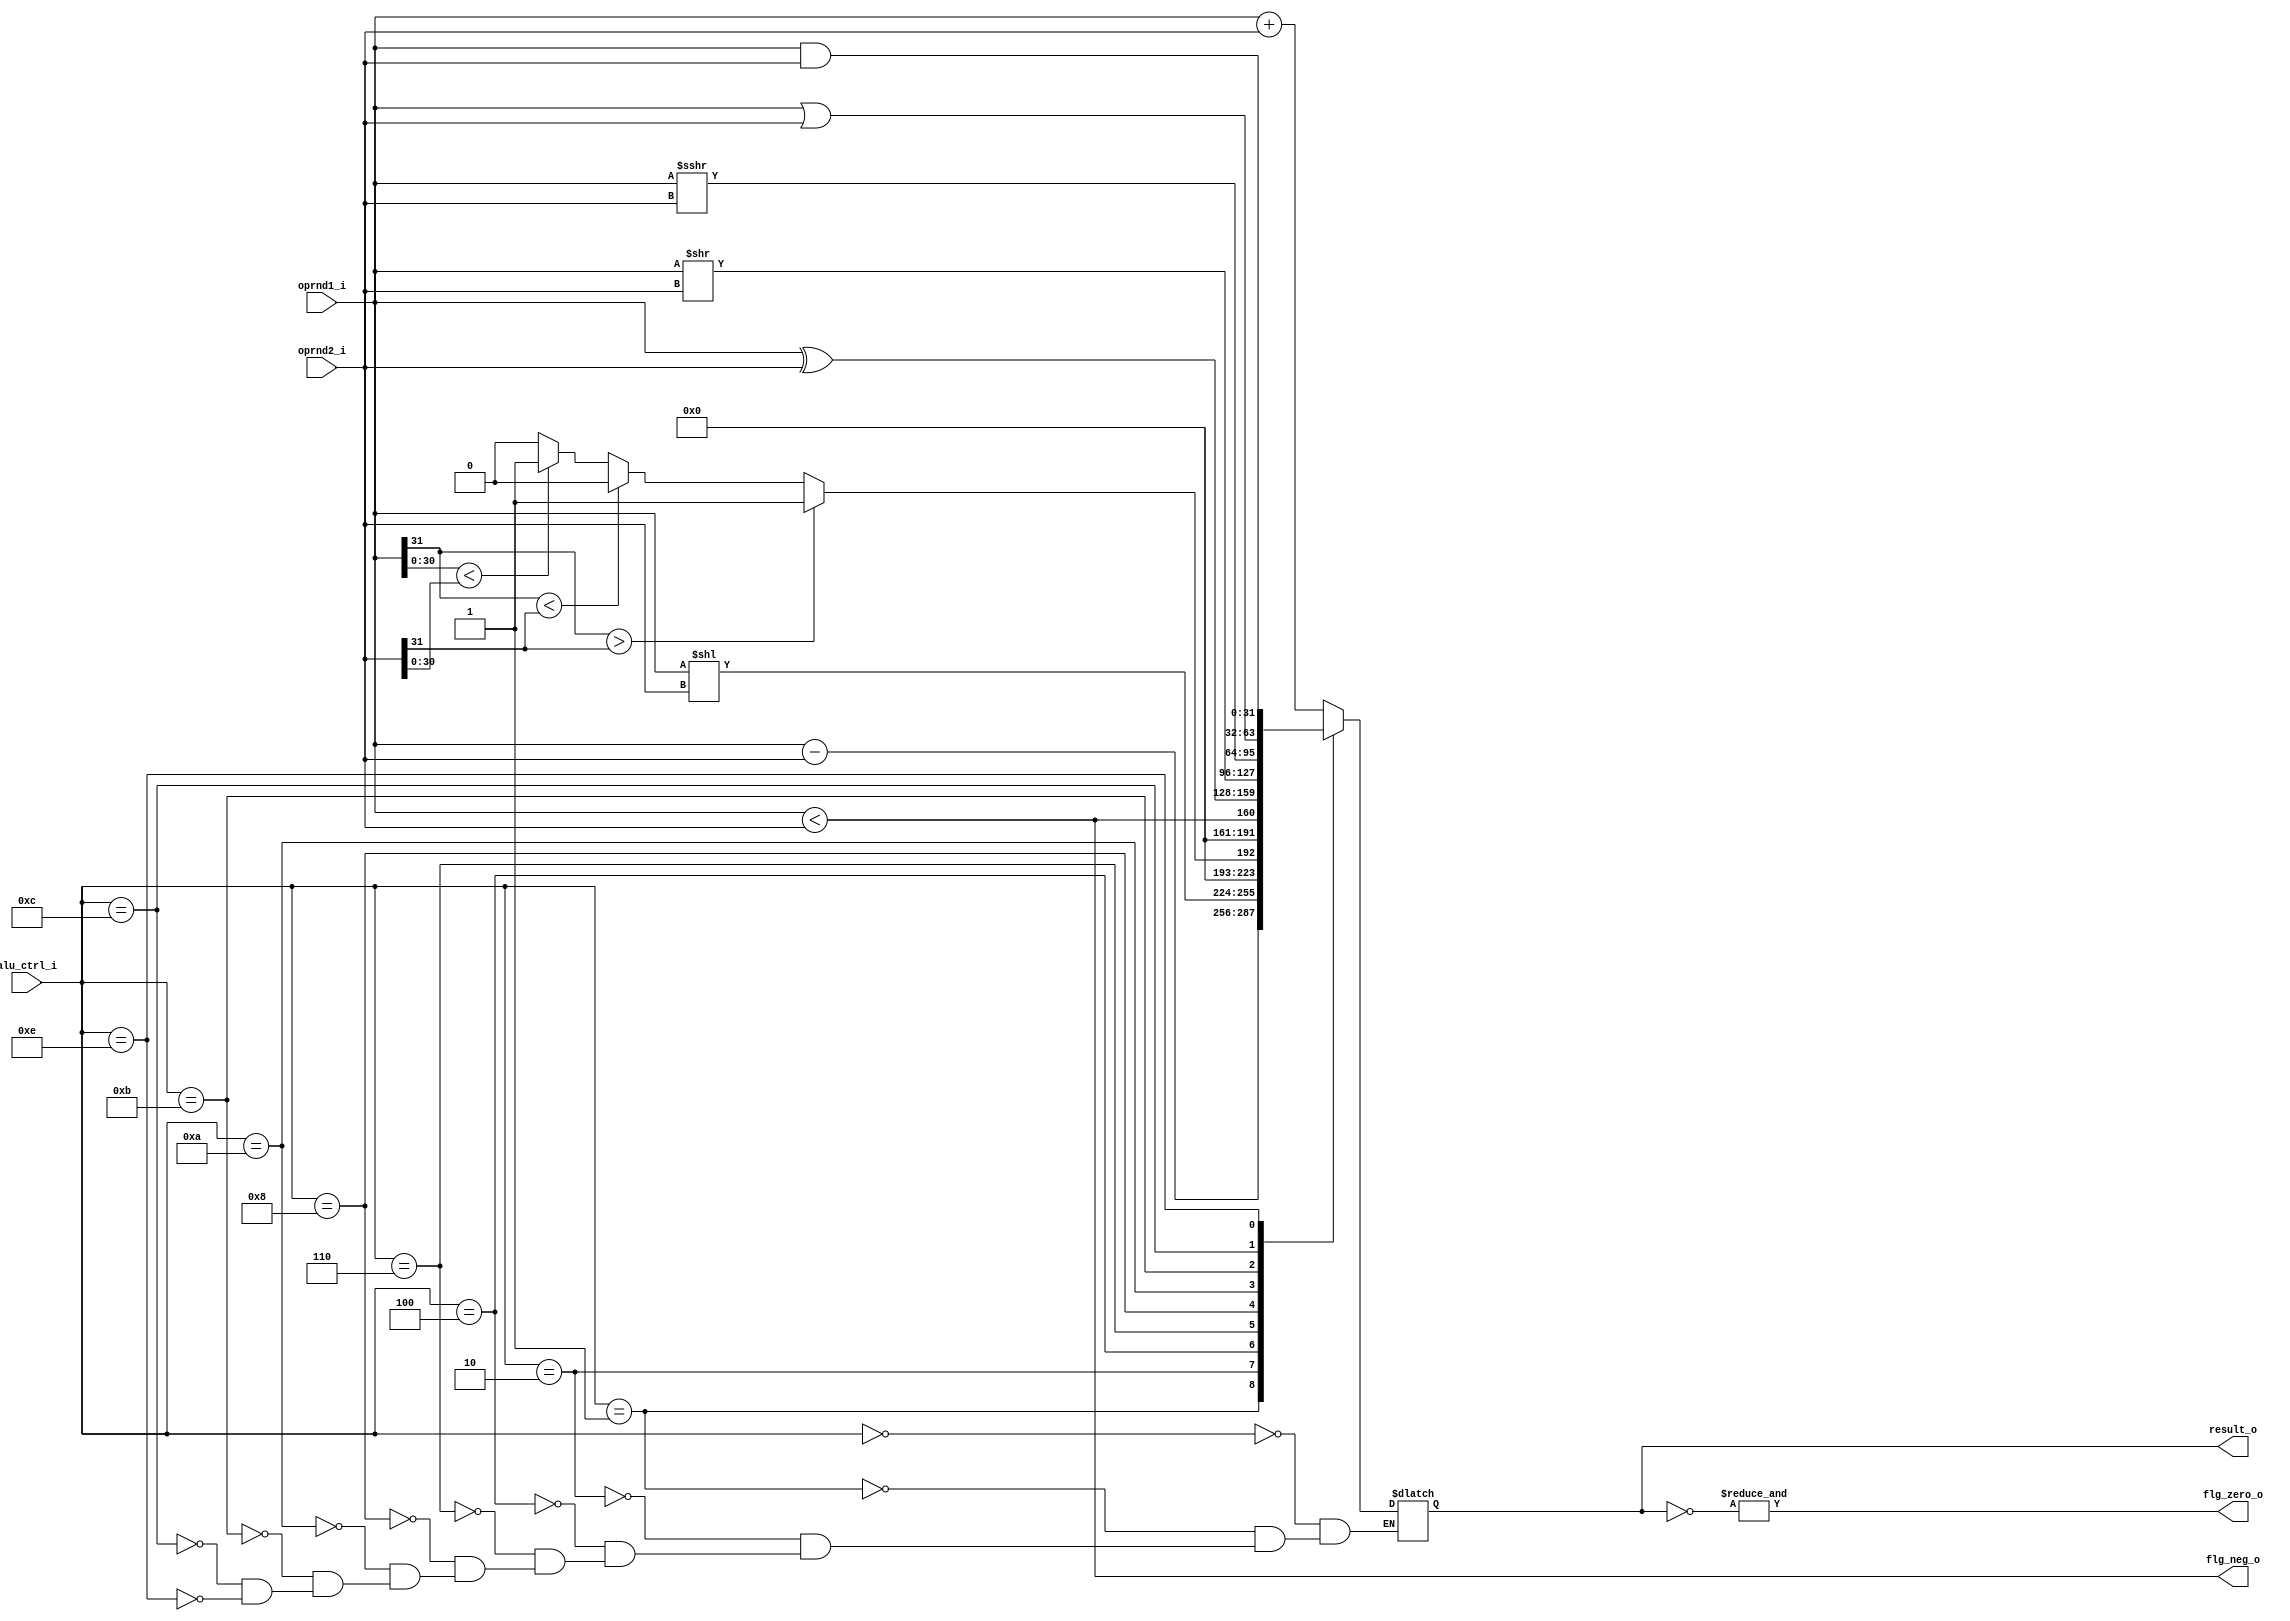
`timescale 1ns / 1ps
//////////////////////////////////////////////////////////////////////////////////
// Company: 
// Engineer: 
// 
// Design Name: 
// Module Name: ALU_RISC
// Project Name: 
// Target Devices: 
// Tool Versions: 
// Description: 
// 
// Dependencies: 
// 
// Revision:
// Revision 0.01 - File Created
// Additional Comments: This ALU is designed for 32 bit operations which includes 
//                      10 main operations : 
//                      1) ADDITION
//                      2) SUBTRACTION
//                      3) BITWISE AND(&)
//                      4) BITWISE OR(|)
//                      5) SET LESS THAN(slt)
//                      6) SET LESS THAN[UNSIGNED]
//                      7) BITWISE XOR 
//                      8) SHIFT LEFT LOGICAL
//                      9) SHIFT RIGHT LOGICAL
//                     10) SHIFT RIGHT ARIHTEMATIC
//////////////////////////////////////////////////////////////////////////////////


module ALU_RISC #( parameter D_WIDTH = 32)   // Declaring parameters e.g. Width of data, Width of ALU control signal.
  
  // Declaration of INPUT and OUTPUT Ports.
   (output [D_WIDTH-1:0]    result_o,       // OUTPUT
   
   // FLAGS Declaration 
    output                  flg_zero_o,
    output                  flg_neg_o,
    
    // INPUTS and CONTROL signals
    input  [D_WIDTH-1:0]    oprnd1_i,
    input  [D_WIDTH-1:0]    oprnd2_i,
    input  [3:0]            alu_ctrl_i   
    );
     
    reg [D_WIDTH-1:0]   result_temp; 
     
    always@(*) begin
        case(alu_ctrl_i) 
                4'b000_0 : result_temp = oprnd1_i + oprnd2_i ;                                  //Result of ADDITION
                4'b000_1 : result_temp = oprnd1_i - oprnd2_i ;                                  //Result of SUBTRACTION
                4'b001_0 : result_temp = oprnd1_i << oprnd2_i ;                                 //Result of LOGICAL LEFT SHIFT operation
                4'b010_0 : result_temp = (oprnd1_i[31] > oprnd2_i[31])? 1'b1 : 
                                         (oprnd1_i[31] < oprnd2_i[31])? 1'b0 :
                                         (oprnd1_i[30:0] < oprnd2_i[30:0])? 1'b1 : 1'b0 ;       //Result of SLT operation
                4'b011_0 : result_temp = (oprnd1_i < oprnd2_i) ;                                //Result of SLT operation(unsigned)
                4'b100_0 : result_temp = oprnd1_i ^ oprnd2_i ;                                  //Store XOR result
                4'b101_0 : result_temp = oprnd1_i >> oprnd2_i ;                                 //Result of LOGICAL RIGHT SHIFT operation
                4'b101_1 : result_temp = oprnd1_i >>> oprnd2_i ;                                //Result of ARITHEMATIC RIGHT SHIFT operation
                4'b110_0 : result_temp = oprnd1_i | oprnd2_i ;                                  //Store OR result
                4'b111_0 : result_temp = oprnd1_i & oprnd2_i ;                                  // Store AND result 
                default         : result_temp = result_temp ;
        endcase
    end 
     
     
     //Calculation of STATUS FLAGS   
     //ZERO Flag              
     assign flg_zero_o = &(~result_o);   
     // NEGATIVE Flag
     assign flg_neg_o = (oprnd1_i < oprnd2_i) ;
     
     // ASSIGNING RESULT
     assign result_o = result_temp ;
   
     
endmodule